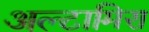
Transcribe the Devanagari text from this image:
अल्टामिरा